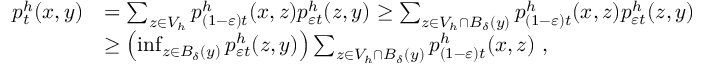
\begin{array} { r l } { p _ { t } ^ { h } ( x , y ) } & { = \sum _ { z \in V _ { h } } p _ { ( 1 - \varepsilon ) t } ^ { h } ( x , z ) p _ { \varepsilon t } ^ { h } ( z , y ) \geq \sum _ { z \in V _ { h } \cap B _ { \delta } ( y ) } p _ { ( 1 - \varepsilon ) t } ^ { h } ( x , z ) p _ { \varepsilon t } ^ { h } ( z , y ) } \\ & { \geq \left( \operatorname* { i n f } _ { z \in B _ { \delta } ( y ) } p _ { \varepsilon t } ^ { h } ( z , y ) \right) \sum _ { z \in V _ { h } \cap B _ { \delta } ( y ) } p _ { ( 1 - \varepsilon ) t } ^ { h } ( x , z ) \ , } \end{array}